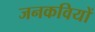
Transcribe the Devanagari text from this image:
जनकवियों